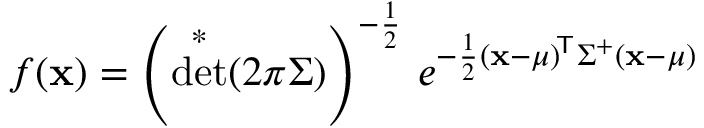
f ( \mathbf { x } ) = \left( \det ^ { * } ( 2 \pi { \boldsymbol { \Sigma } } ) \right) ^ { - { \frac { 1 } { 2 } } } \, e ^ { - { \frac { 1 } { 2 } } ( \mathbf { x } - { \boldsymbol { \mu } } ) ^ { \! { \mathsf { T } } } { \boldsymbol { \Sigma } } ^ { + } ( \mathbf { x } - { \boldsymbol { \mu } } ) }